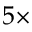
5 \times